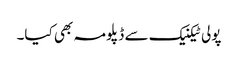
پولی ٹیکنیک سے ڈپلومہ بھی کیا۔